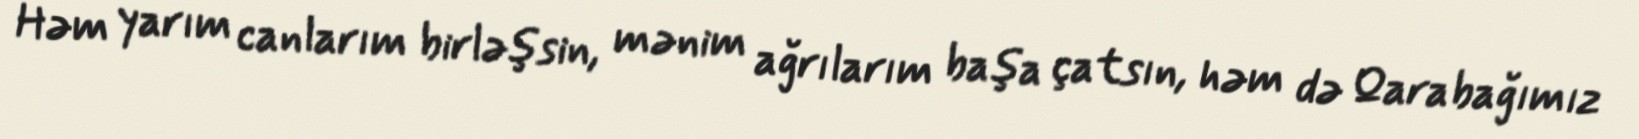
Həm yarım canlarım birləşsin, mənim ağrılarım başa çatsın, həm də Qarabağımız